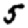
Digit: 5